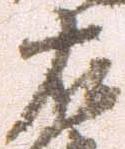
右